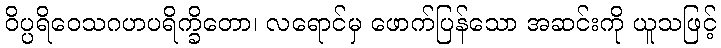
ဝိပ္ပရိဝေသဂဟပရိက္ခိတော၊ လရောင်မှ ဖောက်ပြန်သော အဆင်းကို ယူသဖြင့်